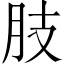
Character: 肢